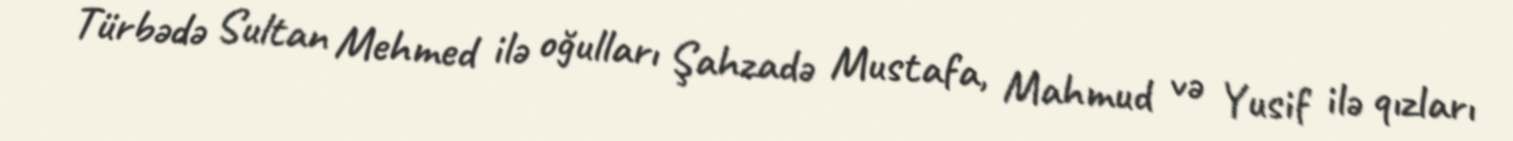
Türbədə Sultan Mehmed ilə oğulları Şahzadə Mustafa, Mahmud və Yusif ilə qızları